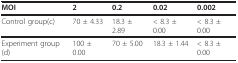
<table><thead><tr><td><b>MOI</b></td><td><b>2</b></td><td><b>0.2</b></td><td><b>0.02</b></td><td><b>0.002</b></td></tr></thead><tbody><tr><td>Control group(c)</td><td>70 ± 4.33</td><td>18.3 ± 2.89</td><td>&lt; 8.3 ± 0.00</td><td>&lt; 8.3 ± 0.00</td></tr><tr><td>Experiment group(d)</td><td>100 ± 0.00</td><td>70 ± 5.00</td><td>18.3 ± 1.44</td><td>&lt; 8.3 ± 0.00</td></tr></tbody></table>